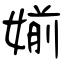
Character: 媊